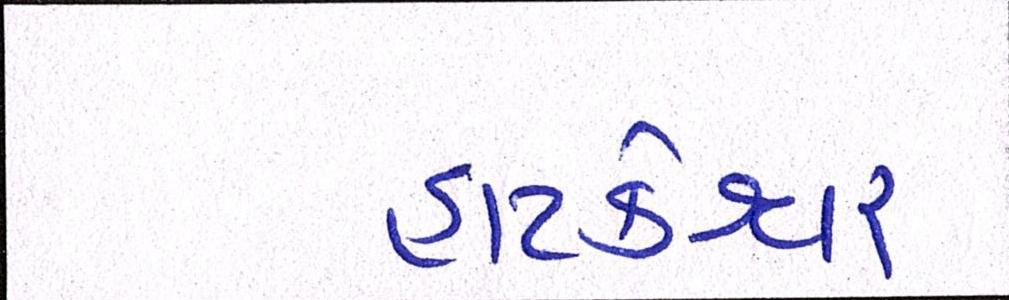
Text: હાટકેશ્વર